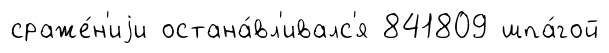
сраже́н'иjи остана́вл'ивалс'я 841809 шпа́гой